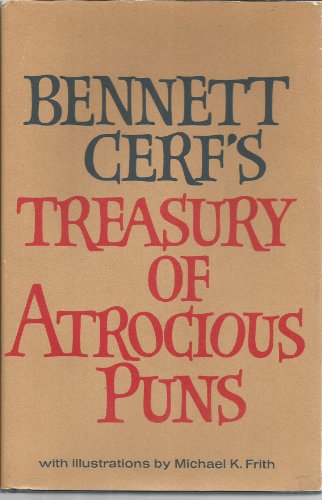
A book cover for Bennett Cerf's Treasury of Atrocious Puns; Bennett Cerf; Humor & Entertainment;